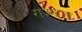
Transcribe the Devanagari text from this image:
राज्माता